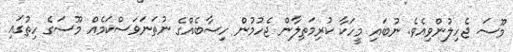
މޫސަ ޖެހިލުންވިއެވެ. ނުބައި މީހަކާ ކުރިމަތިލާން ޖެހުމުން ހިސާބެއްގެ ނުތަނަވަސްކަމެއް މޫސަގެ ހިތުގައި